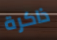
ذاكرة